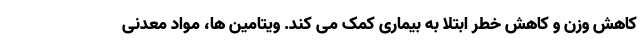
کاهش وزن و کاهش خطر ابتلا به بیماری کمک می کند. ویتامین ها، مواد معدنی